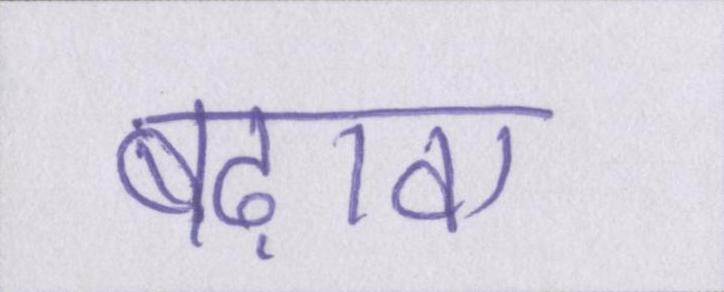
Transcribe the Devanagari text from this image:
बढ़ावा